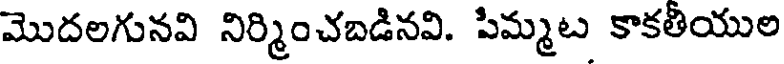
మొదలగునవి నిర్మించబడినవి. పిమ్మట కాకతీయుల